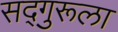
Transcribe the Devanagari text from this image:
सद्‌गुरूला